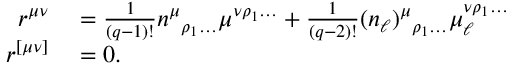
\begin{array} { r l } { r ^ { \mu \nu } } & { { } = \frac { 1 } { ( q - 1 ) ! } n ^ { \mu } { } _ { \rho _ { 1 } \ldots } \mu ^ { \nu \rho _ { 1 } \ldots } + \frac { 1 } { ( q - 2 ) ! } ( n _ { \ell } ) ^ { \mu } { } _ { \rho _ { 1 } \ldots } \mu _ { \ell } ^ { \nu \rho _ { 1 } \ldots } } \\ { r ^ { [ \mu \nu ] } } & { { } = 0 . } \end{array}